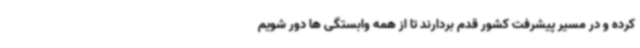
کرده و در مسیر پیشرفت کشور قدم بردارند تا از همه وابستگی ها دور شویم